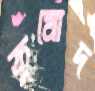
কুমোদ